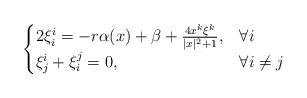
LaTeX: \begin{align*} \begin{cases} 2\xi^i_i=-r\alpha(x)+\beta+\frac{4x^k\xi^k}{|x|^2+1}, & \forall i\\ \xi^i_j+\xi^j_i=0, & \forall i\not=j \end{cases} \end{align*}